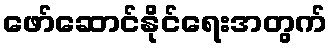
ဖော်ဆောင်နိုင်ရေးအတွက်